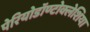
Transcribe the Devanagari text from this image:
पेरियोडॉण्टोक्लेशिया